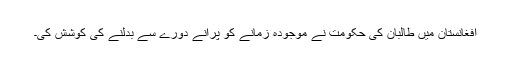
افغانستان میں طالبان کی حکومت نے موجودہ زمانے کو پرانے دورے سے بدلنے کی کوشش کی۔